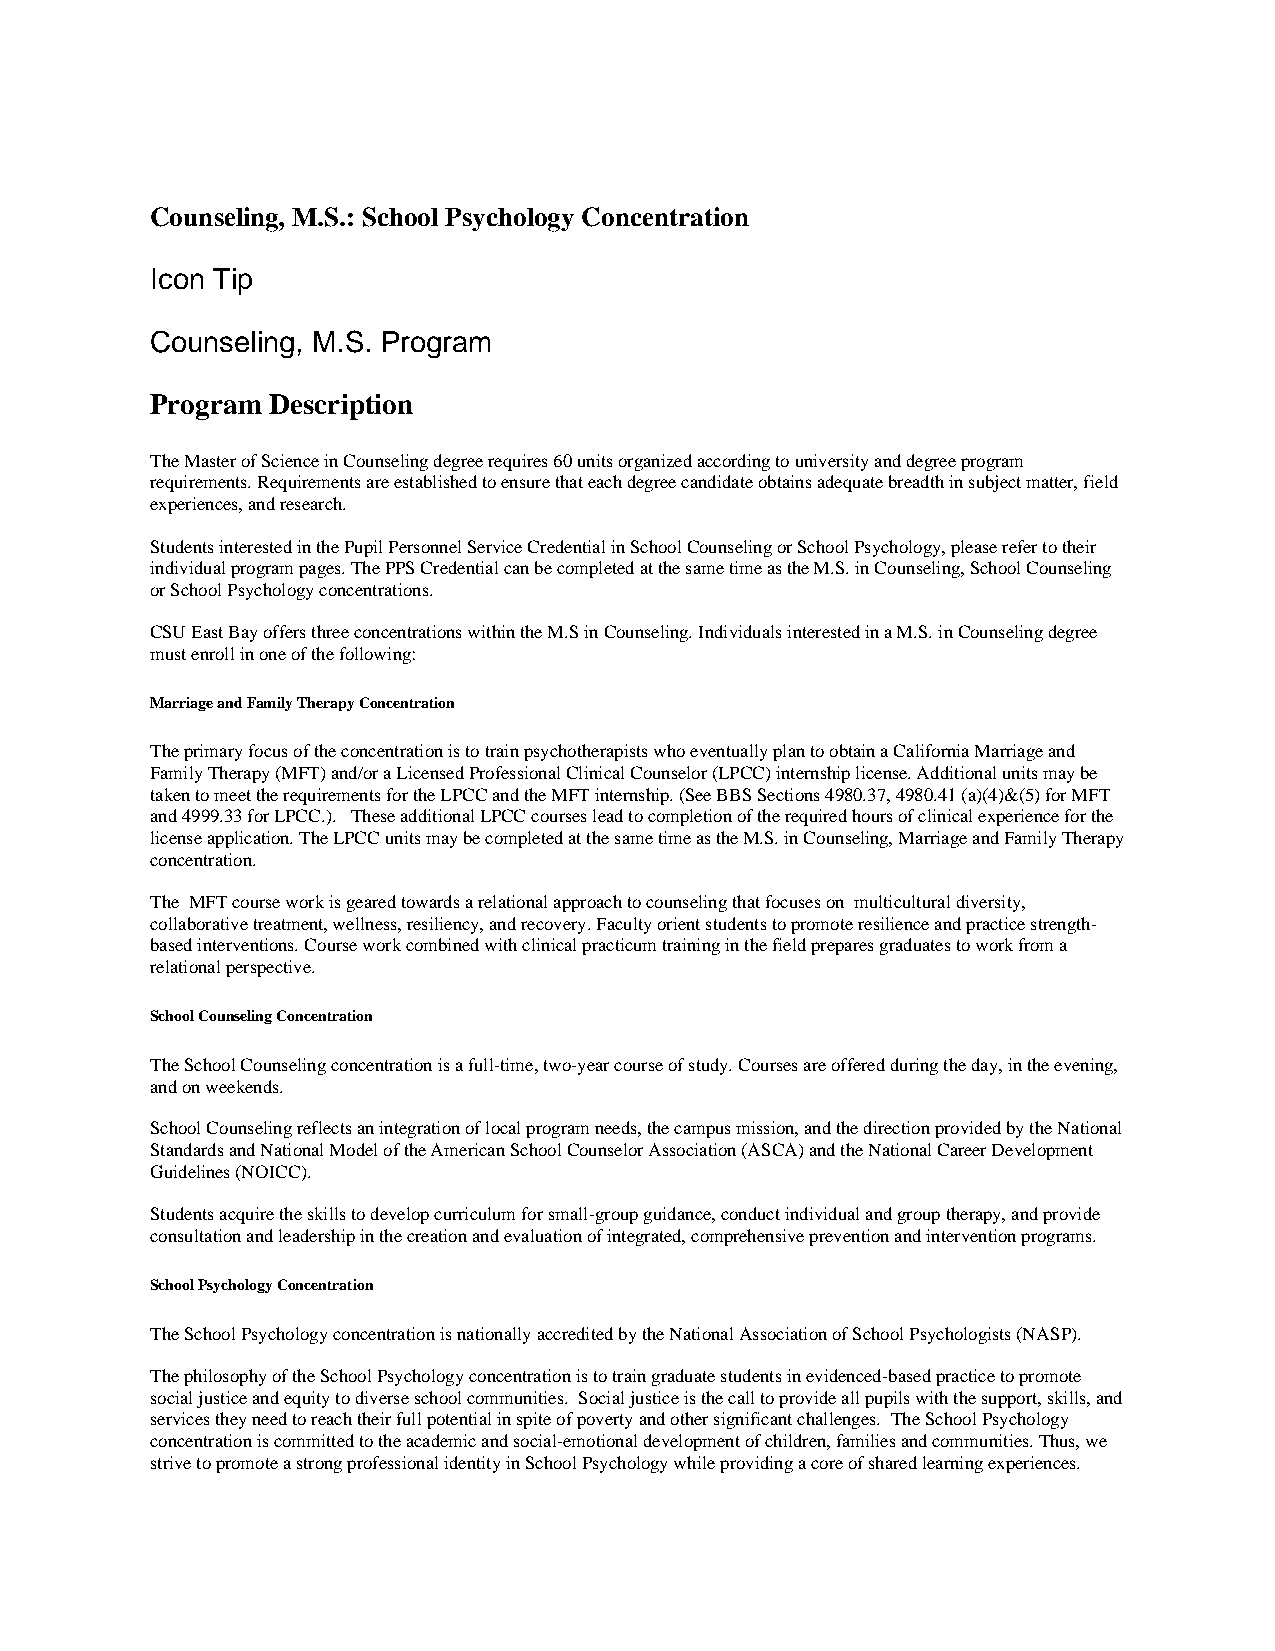
Counseling, M.S.: School Psychology Concentration
 Icon Tip
 Counseling, M.S. Program
 Program Description
 The Master of Science in Counseling degree requires 60 units organized according to university and degree program
 requirements. Requirements are established to ensure that each degree candidate obtains adequate breadth in subject matter, field
 experiences, and research.
 Students interested in the Pupil Personnel Service Credential in School Counseling or School Psychology, please refer to their
 individual program pages. The PPS Credential can be completed at the same time as the M.S. in Counseling, School Counseling
 or School Psychology concentrations.
 CSU East Bay offers three concentrations within the M.S in Counseling. Individuals interested in a M.S. in Counseling degree
 must enroll in one of the following:
 Marriage and Family Therapy Concentration
 The primary focus of the concentration is to train psychotherapists who eventually plan to obtain a California Marriage and
 Family Therapy (MFT) and/or a Licensed Professional Clinical Counselor (LPCC) internship license. Additional units may be
 taken to meet the requirements for the LPCC and the MFT internship. (See BBS Sections 4980.37, 4980.41 (a)(4)&(5) for MFT
 and 4999.33 for LPCC.). These additional LPCC courses lead to completion of the required hours of clinical experience for the
 license application. The LPCC units may be completed at the same time as the M.S. in Counseling, Marriage and Family Therapy
 concentration.
 The MFT course work is geared towards a relational approach to counseling that focuses on multicultural diversity,
 collaborative treatment, wellness, resiliency, and recovery. Faculty orient students to promote resilience and practice strength-
 based interventions. Course work combined with clinical practicum training in the field prepares graduates to work from a
 relational perspective.
 School Counseling Concentration
 The School Counseling concentration is a full-time, two-year course of study. Courses are offered during the day, in the evening,
 and on weekends.
 School Counseling reflects an integration of local program needs, the campus mission, and the direction provided by the National
 Standards and National Model of the American School Counselor Association (ASCA) and the National Career Development
 Guidelines (NOICC).
 Students acquire the skills to develop curriculum for small-group guidance, conduct individual and group therapy, and provide
 consultation and leadership in the creation and evaluation of integrated, comprehensive prevention and intervention programs.
 School Psychology Concentration
 The School Psychology concentration is nationally accredited by the National Association of School Psychologists (NASP).
 The philosophy of the School Psychology concentration is to train graduate students in evidenced-based practice to promote
 social justice and equity to diverse school communities. Social justice is the call to provide all pupils with the support, skills, and
 services they need to reach their full potential in spite of poverty and other significant challenges. The School Psychology
 concentration is committed to the academic and social-emotional development of children, families and communities. Thus, we
 strive to promote a strong professional identity in School Psychology while providing a core of shared learning experiences.